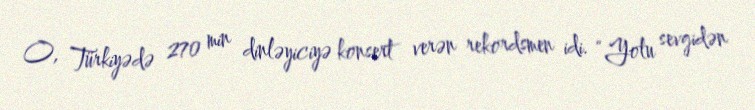
O, Türkiyədə 270 min dinləyiciyə konsert verən rekordsmen idi. “Yolu sevgidən